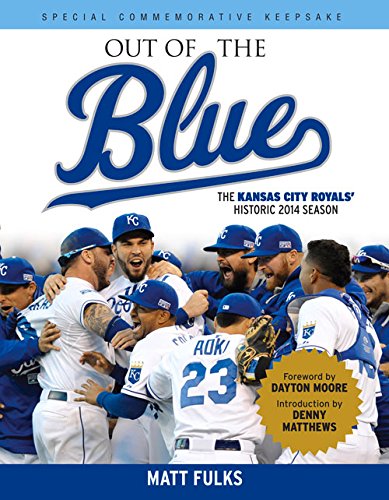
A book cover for Out of the Blue: The Kansas City Royals' Historic 2014 Season; Matt Fulks; Travel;